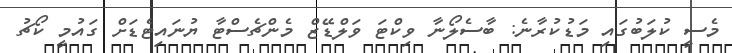
މެސީ ކުލަބުގައި މަޑުކުރާނެ: ބާސެލޯނާ ވިކްޓަ ވަލްޑޭޒް މެންޗެސްޓާ ޔުނައިޓެޑަށް ގައުމީ ކޯޗު